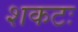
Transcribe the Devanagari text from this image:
शकटः